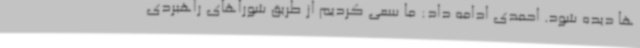
ها دیده شود. احمدی ادامه داد: ما سعی کردیم از طریق شوراهای راهبردی